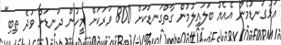
އަޅުގަނޑުމެން އެއެއް ބަލައިލުމުން ގާތްގަނޑަކަށް 800 ވަރަކަށް މީހުން ދަނޑަށް ވަދެ ތިބި"